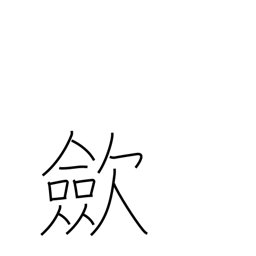
Meaning: tighten